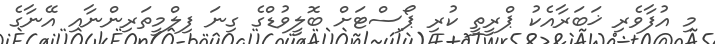
މި އުފާވެރި ޚަބަރާއެކު ޕްރީތީ ކުރި ޕޯސްޓަށް ބޮލީވުޑްގެ ގިނަ ފިލްމީތަރިންނާއި އޭނާގެ